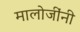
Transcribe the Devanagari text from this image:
मालोजींनी